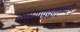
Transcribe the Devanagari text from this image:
कस्याप्युन्नत्यै